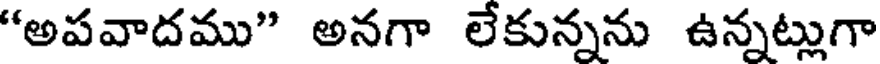
"అపవాదము" అనగా లేకున్నను ఉన్నట్లుగా